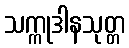
သက္ကုဒါနသုတ္တ